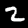
Digit: 2